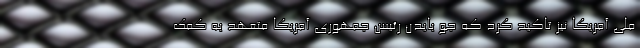
ملی آمریکا نیز تاکید کرد که جو بایدن رئیس جمهوری آمریکا متعهد به کمک